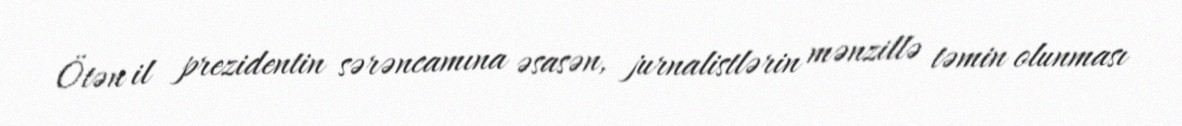
Ötən il prezidentin sərəncamına əsasən, jurnalistlərin mənzillə təmin olunması